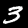
Label: 3